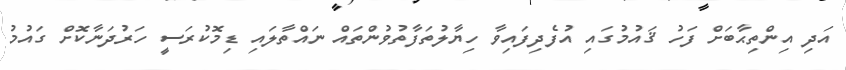
އަދި އިންތިޙާބަށް ފަހު ޤައުމުގައި އުފެދިފައިވާ ހިޔާލުތަފާތުވުންތައް ނައްތާލައި ޑިމޮކުރަސީ ހަރުދަނާކޮށް ގައުމު